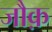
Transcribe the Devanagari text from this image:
जौक़